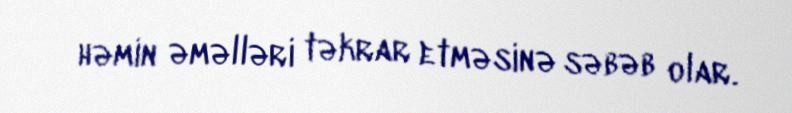
həmin əməlləri təkrar etməsinə səbəb olar.